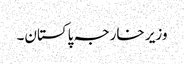
وزیر خارجہ پاکستان۔